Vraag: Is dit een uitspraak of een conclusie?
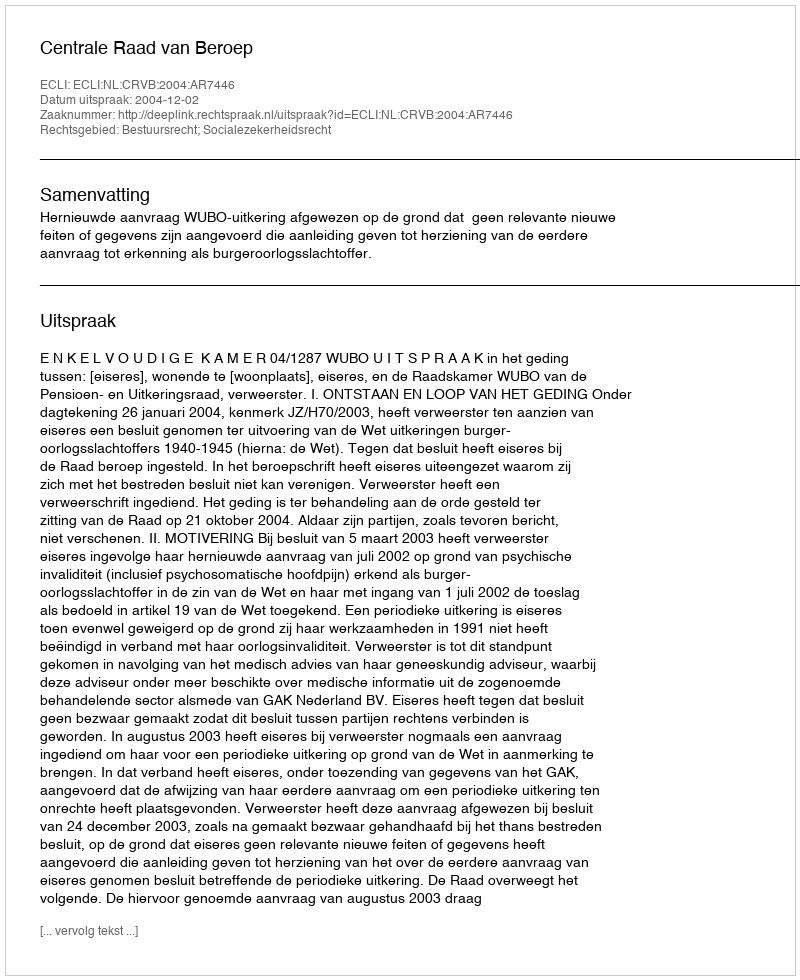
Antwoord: Uitspraak